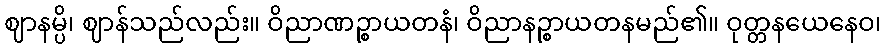
ဈာနမ္ပိ၊ ဈာန်သည်လည်း။ ဝိညာဏဉ္စာယတနံ၊ ဝိညာနဉ္စာယတနမည်၏။ ဝုတ္တနယေနေဝ၊